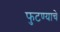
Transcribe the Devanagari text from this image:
फुटण्याचे